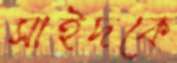
সাইদকে